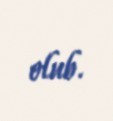
olub.